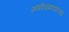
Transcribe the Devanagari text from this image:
संगीतप्रकाराच्या